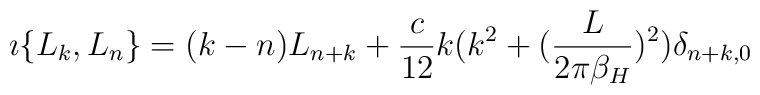
\imath \{L_k,L_n \}=(k-n) L_{n+k}+ {c\over 12} k(k^2+({L\over 2\pi\beta_H})^2)\delta_{n+k,0}